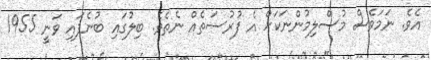
އެވެ. ނަމަވެސް މުސްލިމުންނަކަށް އެ ފުރުސަތެއް ނެތެވެ. ބިލުގައި ބުނެފައި ވަނީ 1955